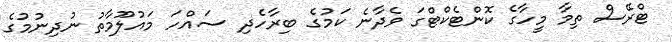
ޓްރޭސް ތިމާ މީހާގެ ކޮންޓެކްޓްގަ ވެދާނެ ކަމުގެ ބިރާހެދި ސައްހަ މައުލޫމާތު ނުދިނުމުގެ